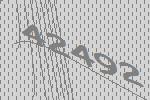
42492